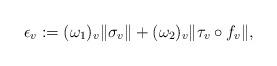
LaTeX: \begin{align*}\epsilon_v := (\omega_1)_v \|\sigma_v\| + (\omega_2)_v \|\tau_v \circ f_v \|,\end{align*}